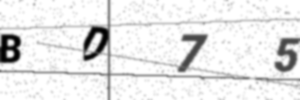
Text: BD75